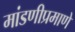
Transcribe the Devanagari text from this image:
मांडणीप्रमाणे